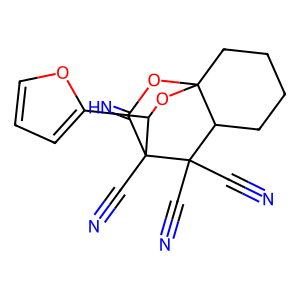
SMILES: N#CC1(C#N)C2CCCCC23OC(=N)C1(C#N)C(c1ccco1)O3
Inhibits HIV replication: No